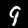
Digit: 9